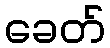
ခေတ်